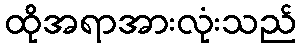
ထိုအရာအားလုံးသည်